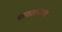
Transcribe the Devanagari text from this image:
प्लवमानस्य